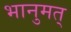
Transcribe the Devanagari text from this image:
भानुमत्